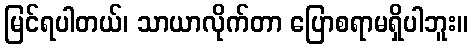
မြင်ရပါတယ်၊ သာယာလိုက်တာ ပြောစရာမရှိပါဘူး။